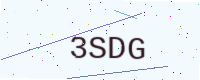
Text: 3SDG